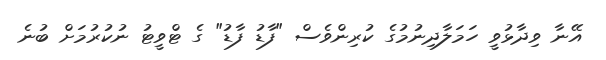
އޭނާ ވިދާޅުވީ ހަމަލާދިނުމުގެ ކުރިންވެސް "ފާޑު ފާޑު" ގެ ޓްވީޓު ނުކުރުމަށް ބުނެ